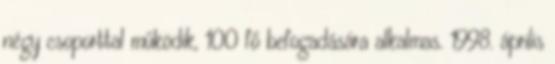
négy csoporttal működik, 100 fő befogadására alkalmas. 1998. április